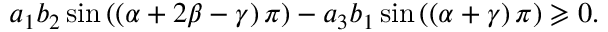
a _ { 1 } b _ { 2 } \sin \left( \left( \alpha + 2 \beta - \gamma \right) \pi \right) - a _ { 3 } b _ { 1 } \sin \left( \left( \alpha + \gamma \right) \pi \right) \geqslant 0 .